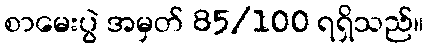
စာမေးပွဲ အမှတ် 85/100 ရရှိသည်။